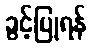
ခွင့်ပြုရန်